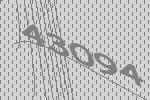
43094